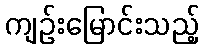
ကျဉ်းမြောင်းသည့်